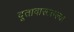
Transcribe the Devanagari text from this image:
दूतावासातल्या